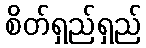
စိတ်ရှည်ရှည်